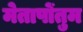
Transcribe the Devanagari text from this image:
मेतापोंतुम